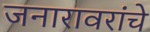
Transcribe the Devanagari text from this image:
जनारावरांचे